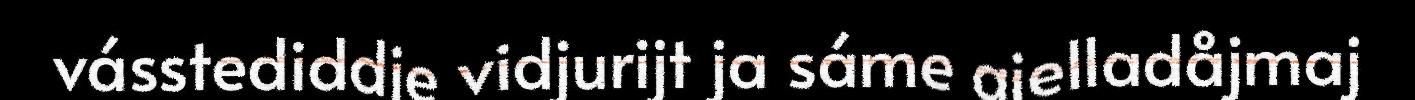
vásstediddje vidjurijt ja sáme gielladåjmaj